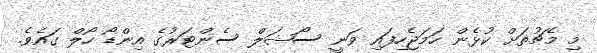
މި މެޗުތަށް ކުޅެން ހަމަޖެހިފައި ވަނީ ސޯޝަލް ސެންޓަރުގެ އިންޑޯ ހޯލް ގައެވެ.